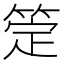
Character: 𬕖